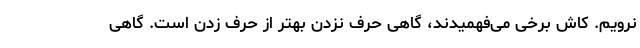
نرویم. کاش برخی می‌فهمیدند، گاهی حرف نزدن بهتر از حرف زدن است. گاهی